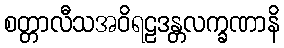
စတ္တာလီသအဝိရဠဒန္တလက္ခဏာနိ